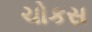
ચોકસ